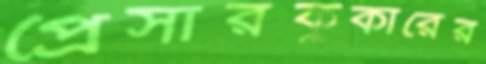
প্রেসারকুকারের